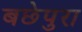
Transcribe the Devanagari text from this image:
बछेपुरा